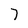
Character: 7